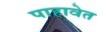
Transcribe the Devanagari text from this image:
पाहावेत